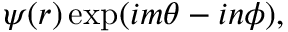
\psi ( r ) \exp ( i m \theta - i n \phi ) ,